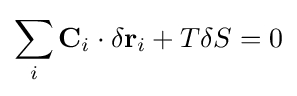
\sum _{i}\mathbf {C} _{i}\cdot \delta \mathbf {r} _{i}+T\delta S=0